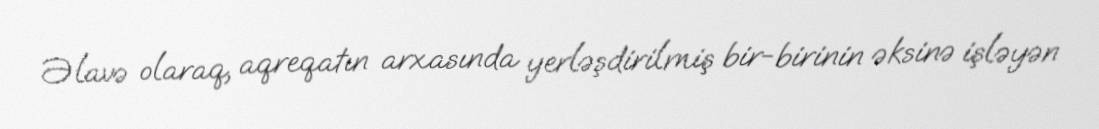
Əlavə olaraq, aqreqatın arxasında yerləşdirilmiş bir-birinin əksinə işləyən